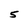
Character: 5